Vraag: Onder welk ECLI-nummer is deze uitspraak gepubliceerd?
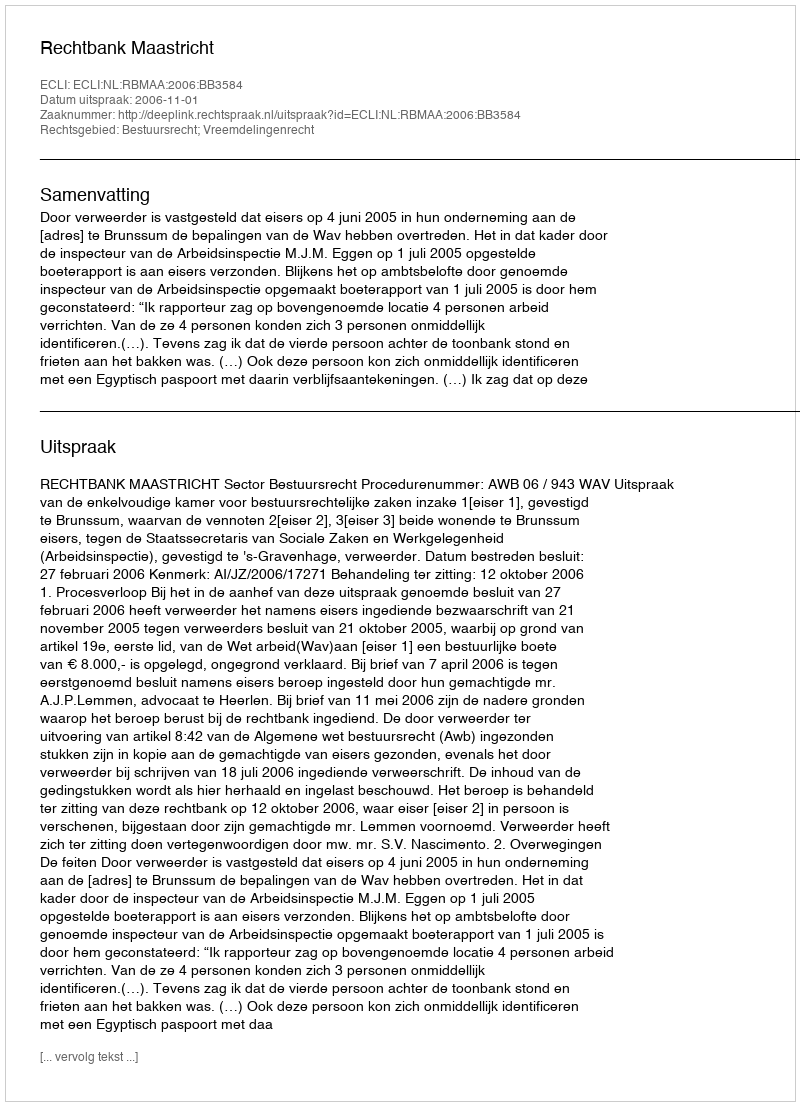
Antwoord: ECLI:NL:RBMAA:2006:BB3584